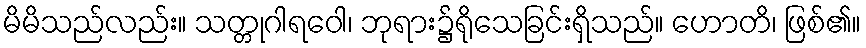
မိမိသည်လည်း။ သတ္တုဂါရဝေါ၊ ဘုရား၌ရိုသေခြင်းရှိသည်။ ဟောတိ၊ ဖြစ်၏။